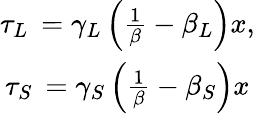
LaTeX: \begin{array}{c}{{\tau_{L\mathrm{~}}=\gamma_{L}\left(\frac 1\beta-\beta_{L}\right)x,}}\\ {{\tau_{S\mathrm{~}}=\gamma_{S}\left(\frac 1\beta-\beta_{S}\right)x}}\end{array}